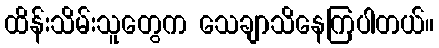
ထိန်းသိမ်းသူတွေက သေချာသိနေကြပါတယ်။